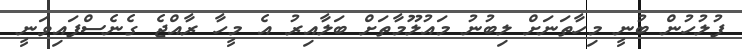
ފުލުހުން ބުނީ މިހާތަނަށް ލިބުނު މައުލޫމާތަށް ބަލާއިރު އެ މީހާ ރާއްޖެ ގެނެސްފައިވަނީ